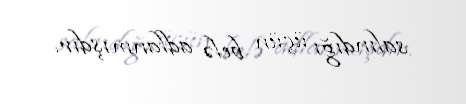
salındığı üçün belə adlanmışdır.